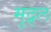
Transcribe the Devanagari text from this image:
मुद्र्ल